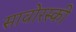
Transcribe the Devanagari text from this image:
सावोरस्की